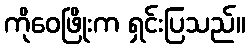
ကိုဝေဖြိုးက ရှင်းပြသည်။